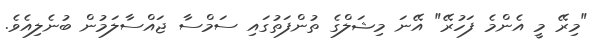
"މިރޭ މީ އެންމެ ފަހުރޭ" އޭނަ މިޝަލްގެ ތުންފަތުގައި ސަމްސާ ޖައްސާލަމުން ބުނެލިއެވެ.